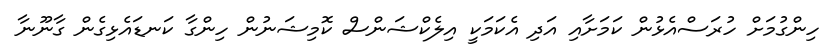
ހިންގުމަށް ހުރަސްއެޅުން ކަމަށާއި އަދި އެކަމަކީ އިލެކްޝަންސް ކޮމިޝަނުން ހިންގާ ކަނޑައެޅިގެން ގާނޫނާ